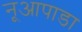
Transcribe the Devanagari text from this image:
नूआपाडा